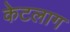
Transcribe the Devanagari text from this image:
केटलाग